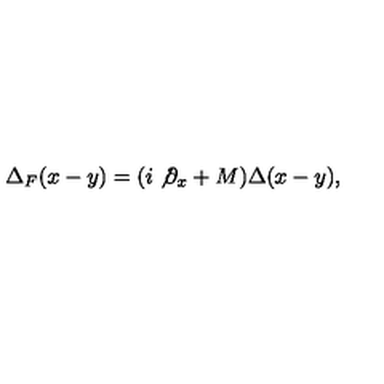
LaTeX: \Delta _ { F } ( x - y ) = ( i \not { \partial } _ { x } + M ) \Delta ( x - y ) ,